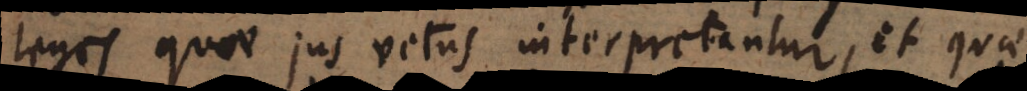
leges quae jus vetus interpretantur, et quae